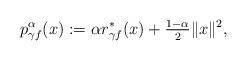
LaTeX: \begin{align*}p_{\gamma f}^{\alpha}(x):=\alpha r_{\gamma f}^*(x)+\tfrac{1-\alpha}{2}\|x\|^2,\end{align*}